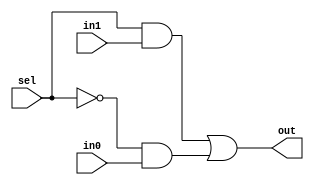
module Mux (sel,in0,in1,out);
input sel,in0,in1;
output out;

assign out = (sel & in1) | ((~ sel) & in0);

endmodule